Annual report on the health of the army in India
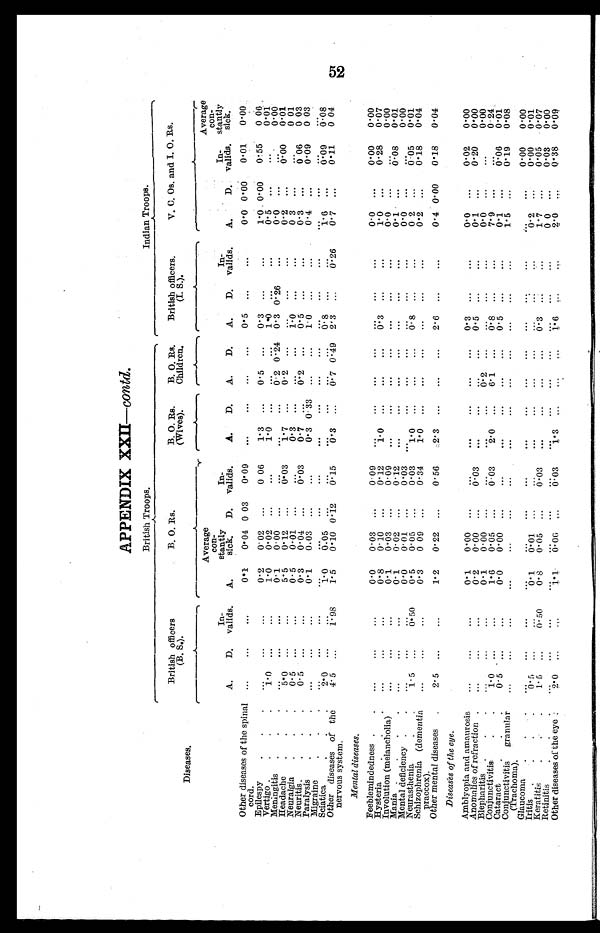
APPENDIX XXII—contd.
British Troops.
Indian Troops.
Diseases.
British officers
(B. S.).
B. 0. Rs.
B. 0. Rs.
(Wives).
B. 0. Rs.
Children.
British officers.
(I. S.).
V. C. Os. and I. 0. Rs.
A.
D.
In-
valids.
A.
Average
con-
stantly
sick.
D.
In-
valids.
A.
D.
A.
D.
A.
D.
In-
valids.
A.
D.
In-
valids.
Average
con-
stantly sick.
0.00
0.06
0.01
0.00
0.01
0.01
0.03
0.03
. . .
0.08
0.04
0.0
1.0
0.5
0.0
0.2
0 . 3
0.3
0 .4 . . .
1 . 6
0. 7
0.00
0.00
... . . .
...
...
...
. . .
...
. . .
. . .
0.01
0.55
. . .
...
0.00 ...
0 . 0
6
0.09 . . .
0.09
0.11
Other diseases of the spinal
cord.
Epilespy
Vertigo
Meningitis
Headache
Neuralgia
Neuritis
Paralysis
Sciatica
Other diseases of the
nervous system.
...
... 1 . 0
... 5 . 0
0.5
0.5
. . .
. . . 2 . 0
4.5
...
...
...
:::
...
...
...
...
...
...
. . .
. . .
. . .
...
. . . . . .
l.98
0.1
0.2
1.0
0.1
5.5
0.5
0.3
0.1
. . .
1 . 0
1.5
0.04
0.02
0.02
0.00
0.12
0.01
0.04
0.03
. . .
0 . 0 5
0.10
0.03
...
...
...
...
...
...
. . .
0.12
0.09
0.06
...
0.03 . . .
0.03
...
...
0.15
...
1.3
1.0
. . .
1.7
0.3
0 . 7
0.3 . . .
. . .
0 . 3
...
...
...
. . .
. . .
. . .
. . .
0 .33
...
. . .
. . .
...
0.5
...
0.2
0.2
...
0 . 2
...
...
. . .
0. 7
. . .
...
. . .
0.24
...
...
...
... . . .
. . .
0 . 4 9
0.5
0.3
1 .0
0 .3
...
1 . 3
0.5
1.0
...
0 . 8
2 . 3
...
...
. . .
0.26
...
...
...
...
... . . .
. . .
...
...
. . .
. . .
. . .
...
...
... ... ... 0 . 2 6
Mental diseases.
0.00
0.07
0.00 0 . 0 1
0.00
0.01
0.04
0.04
0.00
0.28
. . .
0 . 0 8
. . .
0 . 0 5
0.18 0 . 1 8
0.0
1.0
0.0
0. 1
0.0
0.2
0.2
0.4
Feeblemindedness
Hysteria
Involution (melancholia)
Mania
Mental deficiency
Neurasthenia
Schizophrenia (dementia
praecox).
Other mental diseases.
... ... ... ...
...
1.5 ... 2 . 5
. . .
. . .
...
... . . .
. . .
. . .
. . .
. . . . . .
. . .
. . .
. . .
0 . 5 0
. . .
...
0.0
0.8
0.1
0.1
0.0
0.5
0.3
1.2
0.03
0.10
0.03
0.02
0.01
0.05
0 09
0.22
...
...
...
...
...
. . .
. . .
. . .
0.09
0.12
0.09
0.12
0.03
0.03
0.34
0.56
...
1.0
...
...
...
1.0 1 . 0
2.3
... . . .
...
...
...
...
...
. . .
...
...
...
...
...
...
...
...
...
. . .
...
...
...
...
...
. . .
...
0.3
. . .
...
...
0.8
. . .
2.6
...
...
. . .
...
. . .
...
. . .
. . .
. . .
... . . .
. . .
...
. . .
... . . .
...
...
. . .
...
...
...
...
0.00
Diseases of the eye.
0.0
0.1
0.0
7. 9
0.1
1.5
. . .
0 . 2
1.7
0.0
2.0
0.02
0.20
. . .
. . .
0.06
0.19
0.00
0.00
0.05
0.03
0.38
0.00
0.00
0.00
0.24
0.01
0.08
0.00
0.01
0.07
0.00
0.09
0.3
0 . 5
. . .
0.8
0 . 5
. . .
. . .
. . .
0.3
. . .
1.6
Amblyopia and amaurosis
Anomalies of refraction
Blepharitis
Conjunctivitis
Cataract
Conjunctivitis granular
(Trachoma)
Glaucoma
Iritis
Keratitis
Retinitis
Other diseases of the eye
...
...
... 1 . 0
0 . 5
...
...
0.5
1 . 5
... 2 . 0
...
...
...
...
...
...
...
...
... ... ...
. . .
. . .
...
...
...
...
. . .
. . .
0 . 5 0
. . .
. . .
0.1
0.2
0.1
1.6
0.0
. . .
. . .
0 . 1
0 . 8
. . .
1 . 1
0.00
0.00
0.00
0.05
0.00
...
. . .
0 . 0 1
0.05 . . .
0.06
...
...
...
...
...
...
. . .
...
. . .
. . .
...
0.03
. . .
0.03
...
. . . . . .
. . .
0.03. . .
0.03
...
...
. . .
2 . 0
...
. . .
. . .
... . . .
. . .
1.3
...
. . .
...
. . .
. . .
. . .
...
. . . . . .
. . .
. . .
...
0 . 2
6 . 1
...
. . .
. . .
. . .
...
. . . . . .
...
...
...
. . .
. . .
. . .
...
. . .
. . .
. . .
. . .
...
...
...
. . .
. . .
. . .
. . . . . .
. . .
. . .
. . .
... . . .
. . .
. . .
...
...
. . .
. . .
. . .
. . .
. . .
...
...
...
...
...
...
...
...
... . . .
. . .